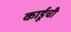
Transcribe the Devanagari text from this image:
कार्डूची